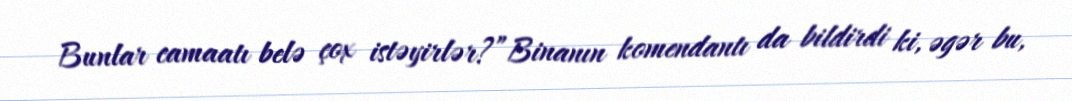
Bunlar camaatı belə çox istəyirlər?”Binanın komendantı da bildirdi ki, əgər bu,